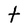
Character: t